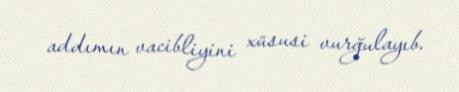
addımın vacibliyini xüsusi vurğulayıb.